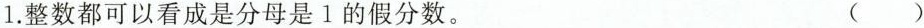
1.整数都可以看成是分母是1的假分数。 ()